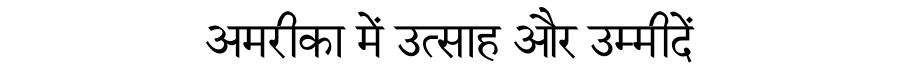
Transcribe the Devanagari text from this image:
अमरीका में उत्साह और उम्मीदें